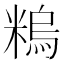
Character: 𥻼